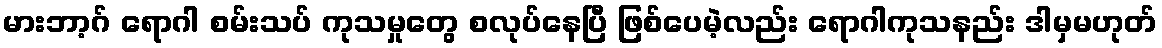
မားဘာ့ဂ် ရောဂါ စမ်းသပ် ကုသမှုတွေ စလုပ်နေပြီ ဖြစ်ပေမဲ့လည်း ရောဂါကုသနည်း ဒါမှမဟုတ်